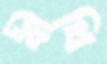
বীথি